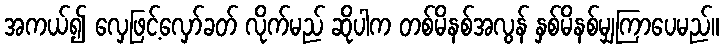
အကယ်၍ လှေဖြင့်လှော်ခတ် လိုက်မည် ဆိုပါက တစ်မိနစ်အလွန် နှစ်မိနစ်မျှကြာပေမည်။